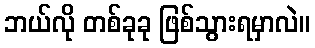
ဘယ်လို တစ်ခုခု ဖြစ်သွားရမှာလဲ။